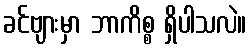
ခင်ဗျားမှာ ဘာကိစ္စ ရှိပါသလဲ။